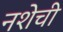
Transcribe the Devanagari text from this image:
नशेची